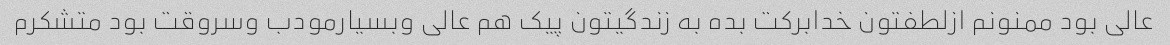
عالی بود ممنونم ازلطفتون خدابرکت بده به زندگیتون پیک هم عالی وبسیارمودب وسروقت بود متشکرم